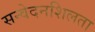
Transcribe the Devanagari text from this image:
सन्वेदनशिलता